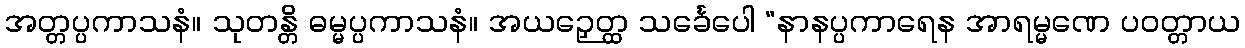
အတ္တပ္ပကာသနံ။ သုတန္တိ ဓမ္မပ္ပကာသနံ။ အယဉှေတ္ထ သင်္ခေပေါ “နာနပ္ပကာရေန အာရမ္မဏေ ပဝတ္တာယ